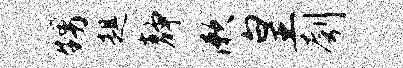
甥趄静漱皇刳